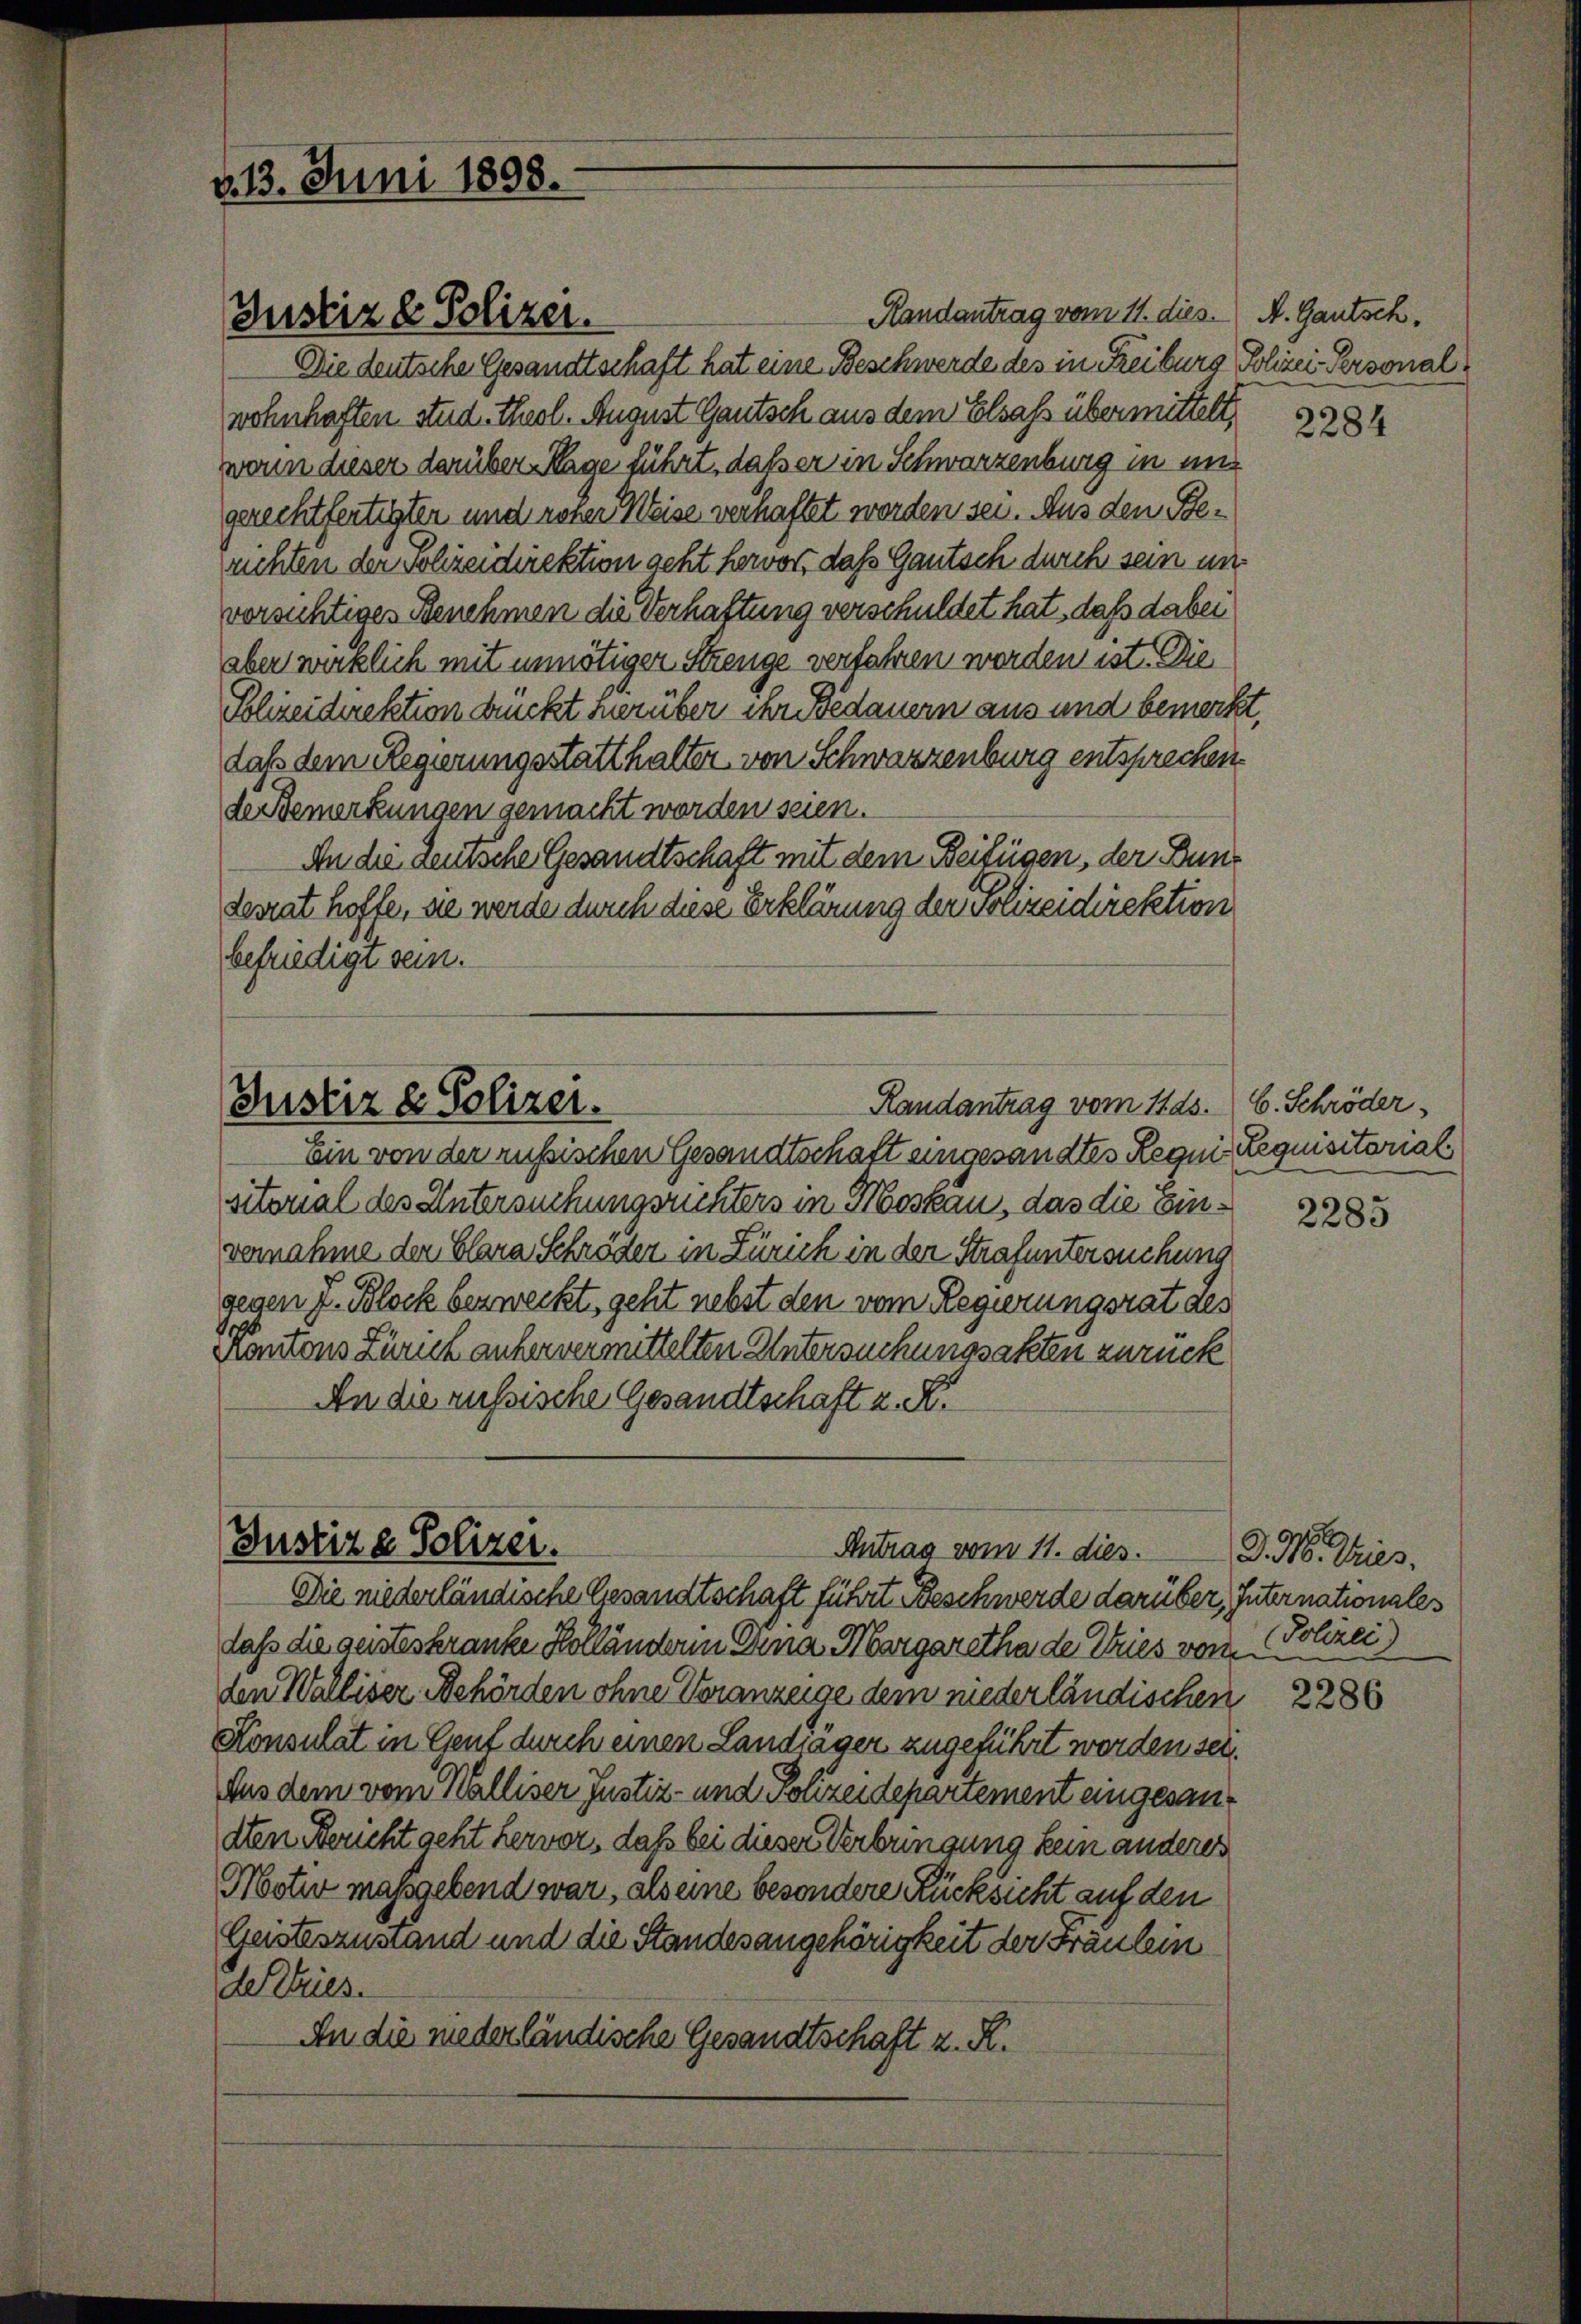
v. 13. Juni 1808.

Justiz & Polizei.

Randantrag vom 11. dies. A. Gautsch.
Die deutsche Gesandtschaft hat eine Beschwerde des in Freiburg Polizei Personalwohnhaften stud. Theol. August Gautsch aus dem Elsass übermittelt,
wann dieser darüber Klage führt, daß er in Schwarzenburg in un
gerechtfertigten und roter Weise verhaftet worden sei. Aus den Berichten der Polizeidirektion geht hervor, daß Gautsch durch sein uns
vorsichtiges Benehmen die Verhaftung verschuldet hat, daß dabei
aber wirklich mit unnötiger Strenge verfahren werden ist. Die
Polizeidirektion drückt herüber ihr Bedauern aus und bemerkt,
daß dem Regierungsstatthalter von Schwarzenburg entsprechen
de Bemerkungen gemacht worden seien.
An die Leutsche Gesandtschaft mit dem Beifügen, der Bundesrat hoffe, sie werde durch diese Erklärung der Polizeidirektion
befriedigt sein.
Randantrag vom 11. ds.
Justiz & Polizei.
Ein von der russischen Gesandtschaft eingesandtes Requis Requisitorials
sitorial des Untersuchungsrichters in Moskau, das die Einvernahme der Clara Schröder in Zürich in der Strafuntersuchung
gegen J. Block bezweckt, geht nebst den vom Regierungsrat als
Kantons Zürich anhervermittelten Untersuchungsakten zurück
An die russische Gesandtschaft z. R.

Justiz & Polizei.
Antrag vom 11. dies.

Die niederländische Gesandtschaft führt Beschwerde darüber, Internationales
daß die geisteskranke Holländern Drina Margaretha der Tries vom
den Walliser Behörden ohne Voranzeige dem niederländischen
Konsulat in Genf durch einen Landlager zugeführt worden sei.
Aus dem vom Walliser Justiz- und Polizeidepartement eingesandten Bericht geht hervor, daß bei dieser Verbringung kein anderes
Motiv massgebend war, als eine besondere Rücksicht auf den
Geisteszustand und die Standesangehörigkeit der Fräulein
de tries.
An die niederländische Gesandtschaft z. R.

2284

b. Schröder,

2285

D. M. Tries.
Polizei)

2286